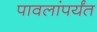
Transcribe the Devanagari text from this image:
पावलांपर्यंत